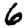
Digit: 6